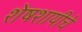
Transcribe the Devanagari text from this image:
शेषशायीचे